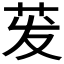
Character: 𬜧